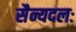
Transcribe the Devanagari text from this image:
सैन्यदलः